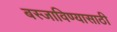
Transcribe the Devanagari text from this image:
बस्जाविण्यासाठी